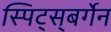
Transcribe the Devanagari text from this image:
स्पिट्स्‌बर्गेन